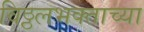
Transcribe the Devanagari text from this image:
विठ्ठलभक्ताच्या